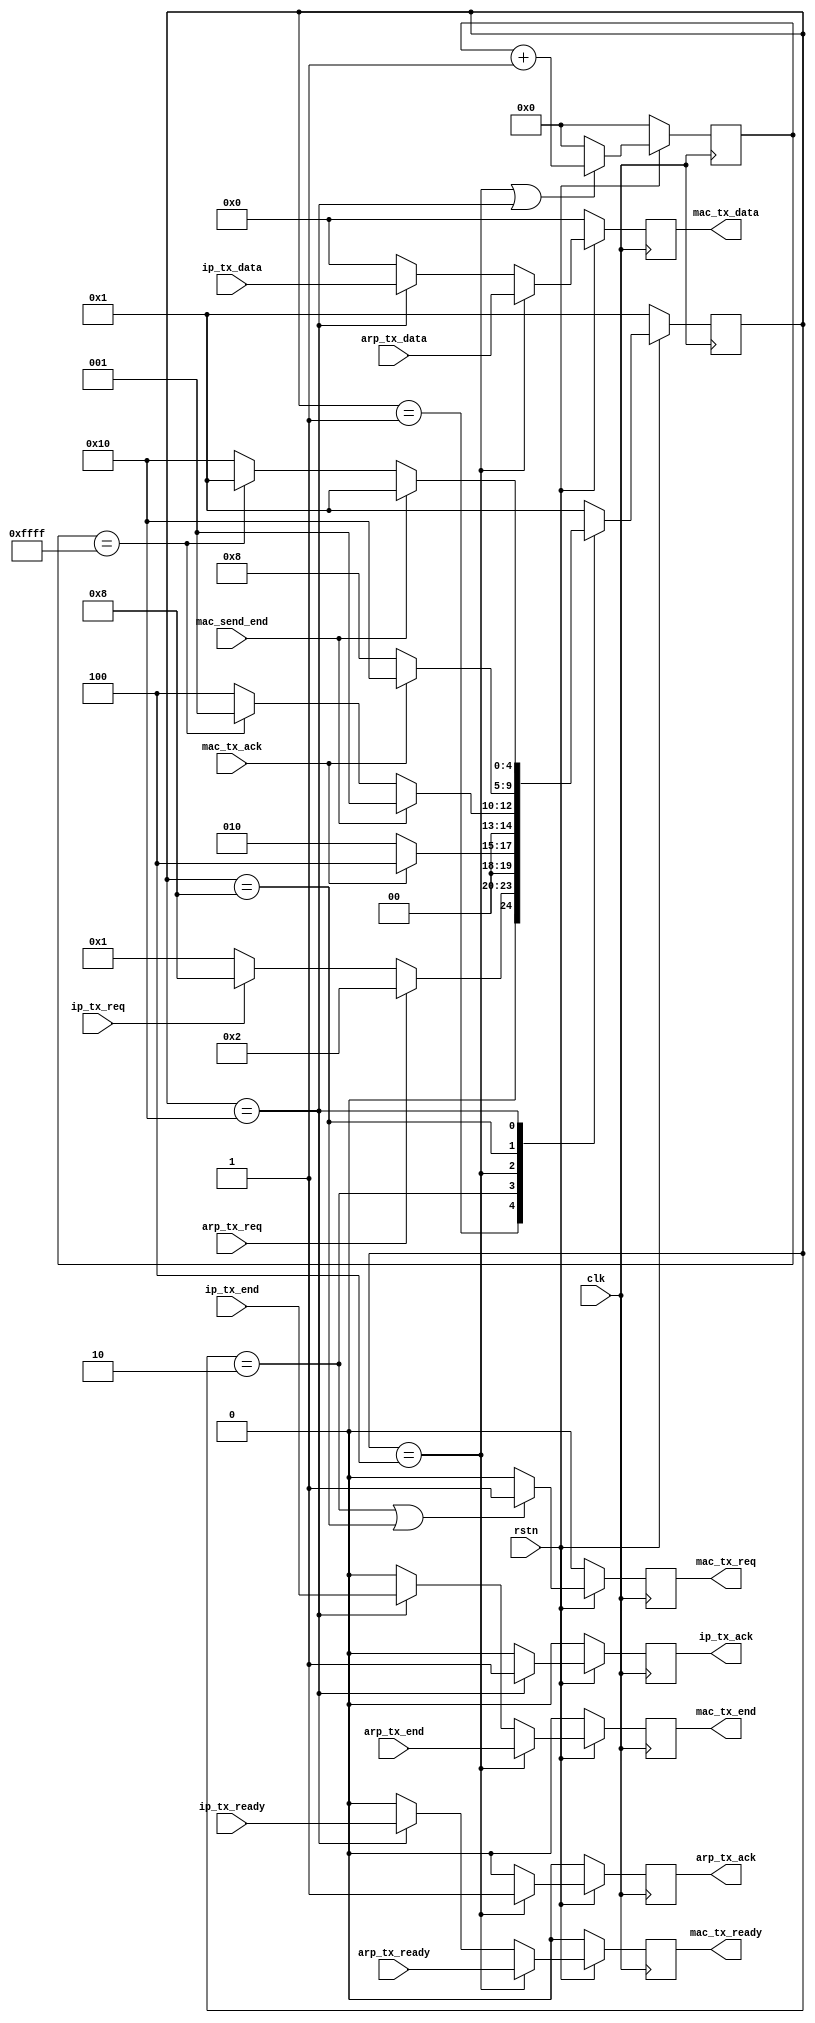
`timescale 1ns / 1ps
//////////////////////////////////////////////////////////////////////////////////
// Company: 
// Engineer: 
// 
// Design Name: 
// Module Name: mac_tx_mode
// Project Name: 
// Target Devices: 
// Tool Versions: 
// Description: 
// 
// Dependencies: 
// 
// Revision:
// Revision 0.01 - File Created
// Additional Comments:
// 
//////////////////////////////////////////////////////////////////////////////////


module mac_tx_mode(
    input               clk ,
    input               rstn,
    input               mac_send_end,
    
    input               arp_tx_req,
    input               arp_tx_ready ,
    input      [7:0]    arp_tx_data,
    input               arp_tx_end,
    output reg          arp_tx_ack,
    
    input               ip_tx_req,
    input               ip_tx_ready,
    input      [7:0]    ip_tx_data,
    input               ip_tx_end,
    output reg          ip_tx_ack,
    
    input               mac_tx_ack,
    output reg          mac_tx_req,         
    output reg          mac_tx_ready,
    output reg [7:0]    mac_tx_data,
    output reg          mac_tx_end
);
     
    reg [15:0]    timeout ;
    
    parameter IDLE       = 5'b00001 ;
    parameter ARP_WAIT   = 5'b00010 ;
    parameter ARP        = 5'b00100 ;
    parameter IP_WAIT    = 5'b01000 ;
    parameter IP         = 5'b10000 ;
    
    
    reg [4:0]    state  ;
    reg [4:0]    state_n ;
    
    always @(posedge clk)
    begin
        if (~rstn)
          state  <=  IDLE  ;
        else
          state  <= state_n ;
    end
      
    always @(*)
    begin
        case(state)
            IDLE        :
            begin
                if (arp_tx_req)
                    state_n = ARP_WAIT ;
                else if (ip_tx_req)
                    state_n = IP_WAIT  ;
                else
                    state_n = IDLE ;
            end
            ARP_WAIT  :
            begin
                if (mac_tx_ack)
                    state_n = ARP ;
                else
                    state_n = ARP_WAIT ;
            end        
            ARP         :
            begin
                if (mac_send_end)
                    state_n = IDLE ;
                else if (timeout == 16'hffff)
                    state_n = IDLE ;
                else
                    state_n = ARP ;
            end
            IP_WAIT  :
            begin
                if (mac_tx_ack)
                    state_n = IP ;
                else
                    state_n = IP_WAIT ;
            end    
            IP          :
            begin
                if (mac_send_end)
                    state_n = IDLE ;
                else if (timeout == 16'hffff)
                    state_n = IDLE ;
                else
                    state_n = IP ;
            end
            default     :
                state_n = IDLE ;
      endcase
    end

    always @(posedge clk)
    begin
        if (~rstn)
            timeout <= 16'd0 ;
        else if (state == ARP || state == IP)
            timeout <= timeout + 1'b1 ;
        else
            timeout <= 16'd0 ;
    end
      
    always @(posedge clk)
    begin
        if (~rstn)
            arp_tx_ack <= 1'b0 ;
        else if (state == ARP)
            arp_tx_ack <= 1'b1 ;
        else
            arp_tx_ack <= 1'b0 ;
    end  
     
    always @(posedge clk)
    begin
        if (~rstn)
            ip_tx_ack <= 1'b0 ;
        else if (state == IP)
            ip_tx_ack <= 1'b1 ;
        else
            ip_tx_ack <= 1'b0 ;
    end 
    
    always @(posedge clk)
    begin
        if (~rstn)
            mac_tx_req <= 1'b0 ;
        else if (state == ARP_WAIT || state == IP_WAIT)
            mac_tx_req <= 1'b1 ;
        else
            mac_tx_req <= 1'b0 ;
    end   
    
    always @(posedge clk)
    begin
        if (~rstn)
        begin
            mac_tx_ready      <= 1'b0  ;
            mac_tx_data       <= 8'h00 ;
            mac_tx_end        <= 1'b0  ;
        end
        else if (state == ARP)
        begin
            mac_tx_ready      <= arp_tx_ready ;
            mac_tx_data       <= arp_tx_data ;
            mac_tx_end        <= arp_tx_end ;
        end
        else if (state == IP)
        begin
            mac_tx_ready      <= ip_tx_ready ;
            mac_tx_data       <= ip_tx_data ;
            mac_tx_end        <= ip_tx_end ;
        end
        else
        begin
            mac_tx_ready      <= 1'b0  ;
            mac_tx_data       <= 8'h00 ;
            mac_tx_end        <= 1'b0  ;
        end
    end
endmodule